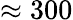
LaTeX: \approx 300